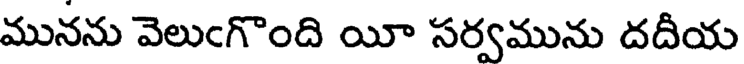
మునను వెలుఁగొంది యీ సర్వమును దదీయ